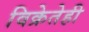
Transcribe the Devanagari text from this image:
विक्रेतेही